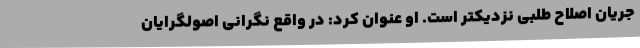
جریان اصلاح طلبی نزدیکتر است. او عنوان کرد: در واقع نگرانی اصولگرایان